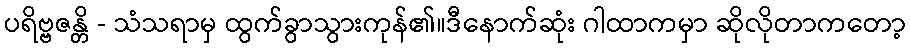
ပရိဗ္ဗဇန္တိ - သံသရာမှ ထွက်ခွာသွားကုန်၏။ဒီနောက်ဆုံး ဂါထာကမှာ ဆိုလိုတာကတော့